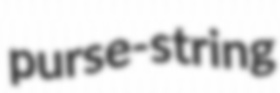
purse-string